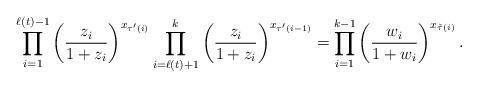
LaTeX: \begin{align*}\prod_{i=1}^{\ell(t)-1}\left(\frac{z_{i}}{1+z_{i}}\right)^{x_{\tau'(i)}}\prod_{i=\ell(t)+1}^{k}\left(\frac{z_{i}}{1+z_{i}}\right)^{x_{\tau'(i-1)}}=\prod_{i=1}^{k-1}\left(\frac{w_{i}}{1+w_{i}}\right)^{x_{\tilde{\tau}(i)}}. \end{align*}